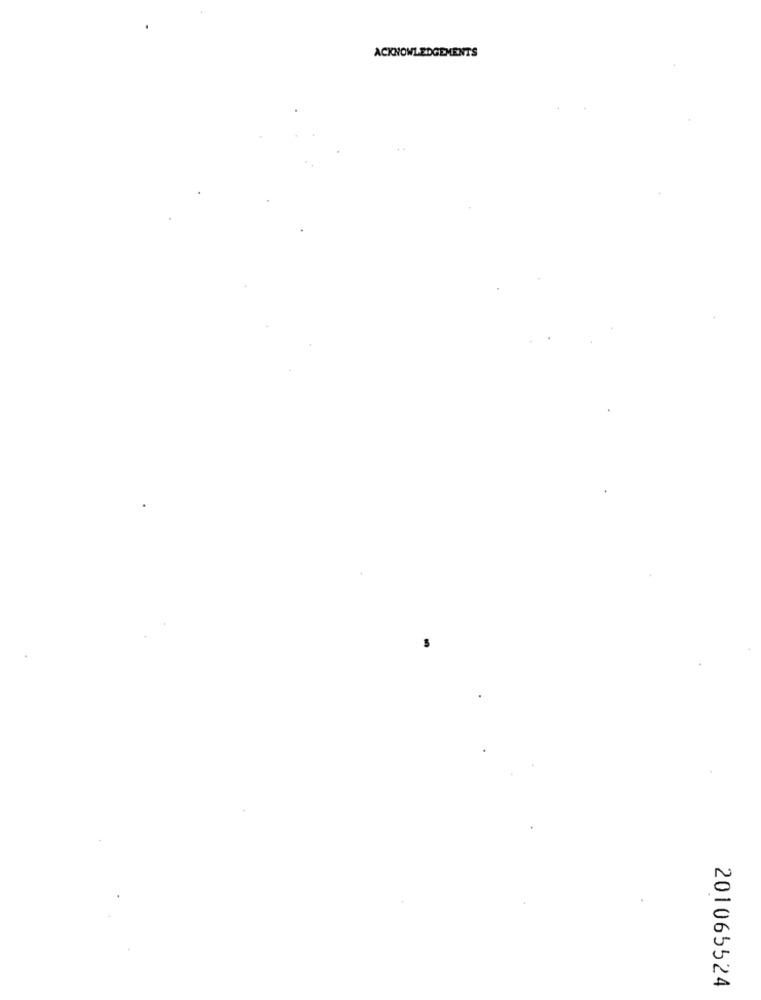
ACKNOWLEDGEMENTS
201065524